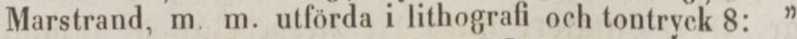
Marstrand, m. m. utförda i lithografi och tontryck 8: ”